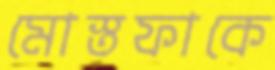
মোস্তফাকে